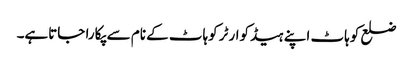
ضلع کوہاٹ اپنے ہیڈکوارٹر کوہاٹ کے نام سے پکارا جاتاہے۔